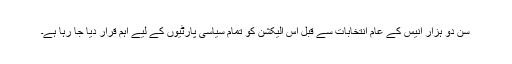
سن دو ہزار انیس کے عام انتخابات سے قبل اس الیکشن کو تمام سیاسی پارٹیوں کے لیے اہم قرار دیا جا رہا ہے۔